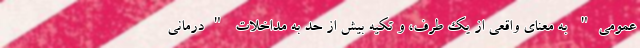
عمومی" به معنای واقعی از یک طرف، و تکیه بیش از حد به مداخلات "درمانی